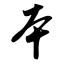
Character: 本